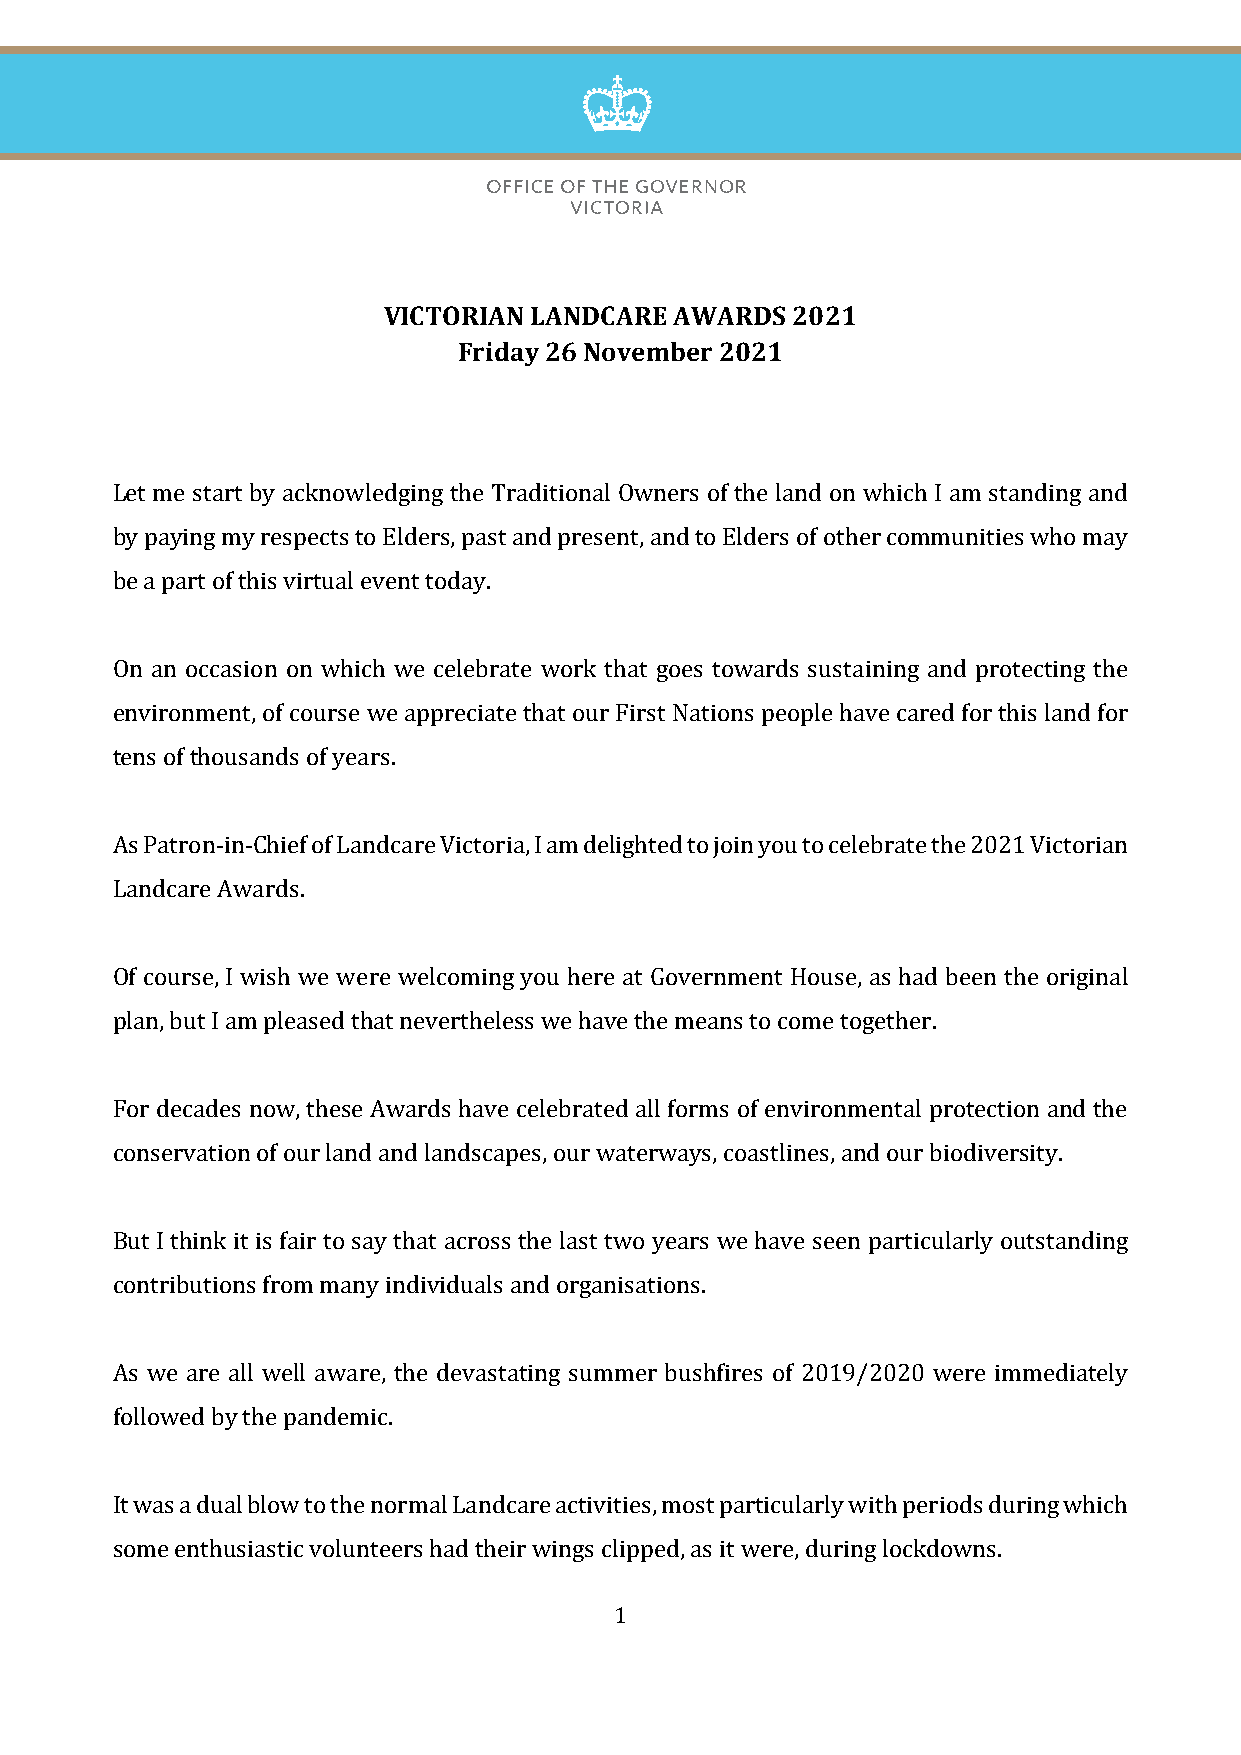
VICTORIAN LANDCARE  AWARDS 2021
 Friday 26 November 2021
 Let me start by acknowledging the Traditional Owners of the land on which I am standing and
 by paying my respects to Elders, past and present, and to Elders of other communities who may
 be a part of this virtual event today.
 On an occasion on which we celebrate work that goes towards sustaining and protecting the
 environment, of course we appreciate that our First Nations people have cared for this land for
 tens of thousands of years.
 As Patron-in-Chief of Landcare Victoria, I am delighted to join you to celebrate the 2021 Victorian
 Landcare Awards.
 Of course, I wish we were welcoming you here at Government House, as had been the original
 plan, but I am pleased that nevertheless we have the means to come together.
 For decades now, these Awards have celebrated all forms of environmental protection and the
 conservation of our land and landscapes, our waterways, coastlines, and our biodiversity.
 But I think it is fair to say that across the last two years we have seen particularly outstanding
 contributions from many individuals and organisations.
 As we are all well aware, the devastating summer bushfires of 2019/2020 were immediately
 followed by the pandemic.
 It was a dual blow to the normal Landcare activities, most particularly with periods during which
 some enthusiastic volunteers had their wings clipped, as it were, during lockdowns.
 1